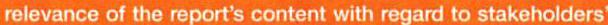
relevance of the report's content with regard to stakeholders